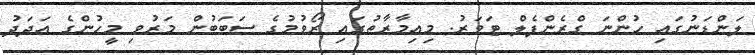
ލަންޑަނުގައި ހުންނަ ގްރެންފެލް ޓަވަރު. މިއިމާރާތުގައި ރޯވުމުގެ ސަބަބުން މަރުވި މީހުންގެ އަދަދު